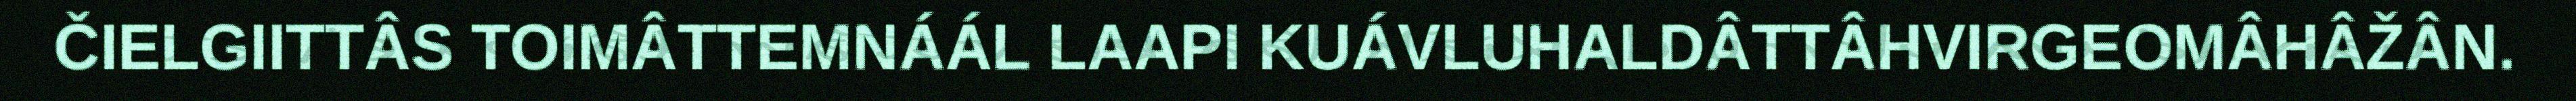
ČIELGIITTÂS TOIMÂTTEMNÁÁL LAAPI KUÁVLUHALDÂTTÂHVIRGEOMÂHÂŽÂN.